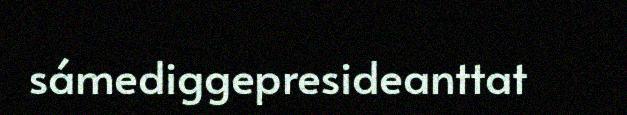
sámediggepresideanttat